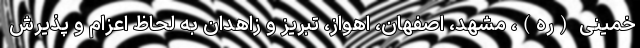
خمینی (ره)، مشهد، اصفهان، اهواز، تبریز و زاهدان به لحاظ اعزام و پذیرش